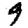
Digit: 9